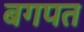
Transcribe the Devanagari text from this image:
बगपत